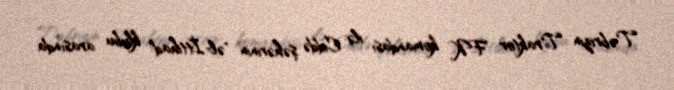
Təbrizin Traktor FK komandası ilə Ciddə şəhərinin "əl-İttihad" klubu arasında